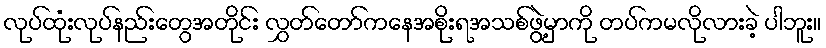
လုပ်ထုံးလုပ်နည်းတွေအတိုင်း လွှတ်တော်ကနေအစိုးရအသစ်ဖွဲ့မှာကို တပ်ကမလိုလားခဲ့ ပါဘူး။